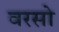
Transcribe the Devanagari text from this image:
वरसो